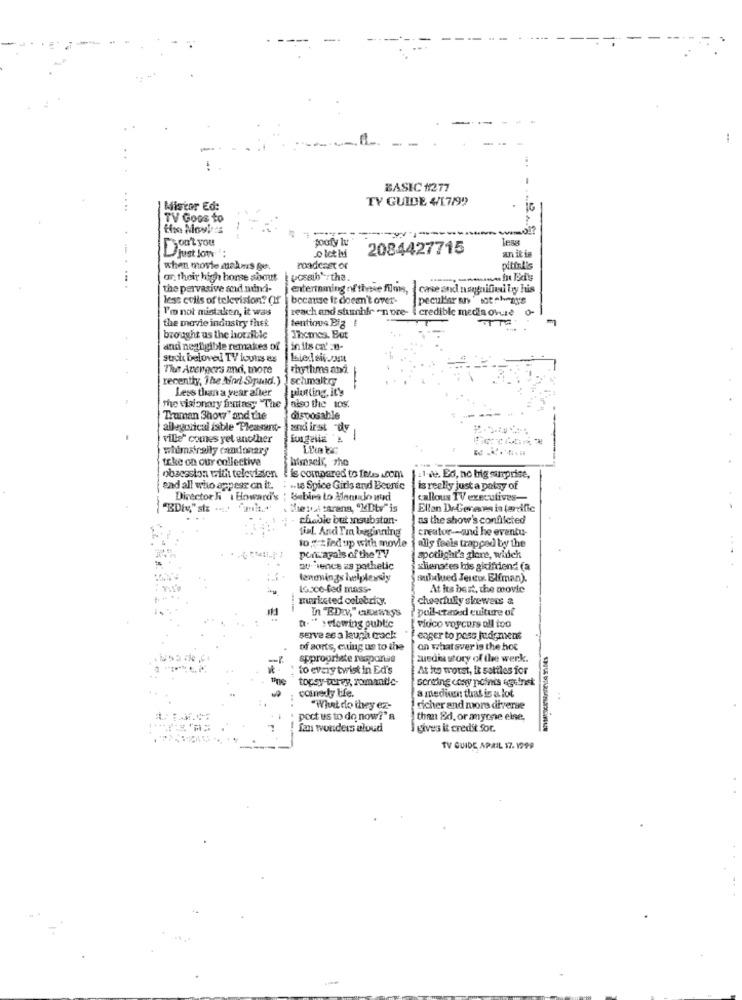
--
BASIC #1277
TV GUIDE 4/1.7/99
Mistor Ed:
TV Goos to
Don't you
1=
2084427715
an it is
Ljust low
o let id
when movie makms ge.
roadeast of
pittall's
ar their high horse shout
ucsaih *: the.
the pervasive and mind-
entertaining of these films, case and nangnified by his
less colis of television? (If | because it doesn't over-
peculiar un' ot shots
I'm not mistaken, it was
reach and shumhir en ore- i credible media ovule
the movie industry thet
tentimus Big
brought us the horrible
Themes. But
andi negligible remakes of
inits ca' :u-
stich beloved TV ivous es
The Avengers and, more
recently, The Mod Squad. ) ] schmaltry
Less than a year after
plotting, it's
the visionary frutasy "The ) also the tos.
Truman Show" and the
disposable
allegorical isble Pleasant-
ami irst "dy
ville" comes yet another
-
whimsrally candonary
take on our collective
himself, The
obsession with television
's compared to Inds .com
11-je. Ed, no big surprise,
end all who appear on it.
. .. te Spice Girls and Beurtc
is really just a patsy of
Director hi i Howard's ; babies to Menudo wud
callous 1'V executives-
-
Shey A carens, "KDtv" is
Ellan De-Gereses ia tardfic
chable but insubston-
as the show's conflicted
tial. And Tra beginning
creator -- and he eventu-
to: tied up with movie
alls feels trapped by the
Port arals of the TV
spotlight's glore, widch
20 :- ience z pathetic
shenstes bis gicifriend (a
lendings helplessiy
subdued Jerew. Elfman).
losce-fed mass-
At Its best, the movie
marketed coletrhy.
cheerfully skewers a
poll-craved culture of
a. " > flowing public
Piaco voyeurs all too
serve as a laugh track
eager to poss judgment
of sorts, cuing us to the
on what sver is the hot
appropriate response
zuedis story of the werk.
to every twist in Ed's
At ho worst, it settles for
topsy-trey, romantic-
sorting cony points egeinst
comedy tife.
a medion that is a lot
"What do they ez-
richer and more diverse
pect us to do now!' R
than Ed, or anyone else,
fan wonders aloud
I gives it credit Soc.
TV GUIDE APRIL 17. 1999